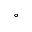
^ \circ